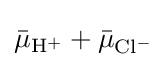
{\bar {\mu }}_{\mathrm {H} ^{+}}+{\bar {\mu }}_{\mathrm {Cl} ^{-}}